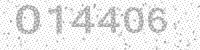
Solution: 014406